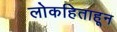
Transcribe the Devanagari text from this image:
लोकहिताहून